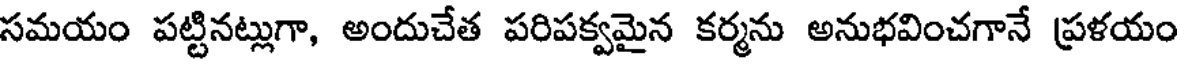
సమయం పట్టినట్లుగా, అందుచేత పరిపక్వమైన కర్మను అనుభవించగానే ప్రళయం